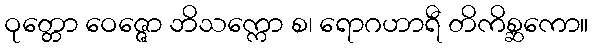
ဝုတ္တော ဝေဇ္ဇော ဘိသက္ကော စ၊ ရောဂဟာရီ တိကိစ္ဆကော။